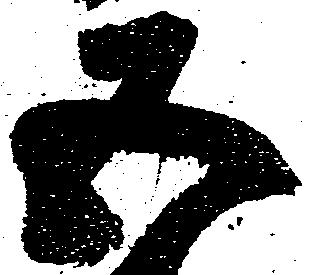
五